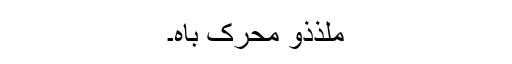
مُلذَّذو مُحَرّک باہ۔